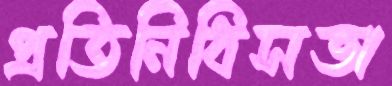
প্রতিনিধিসভা